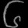
Digit: ၆